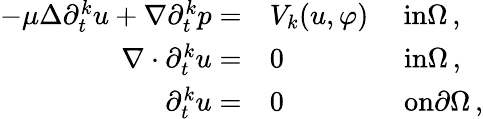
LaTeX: \begin{array}{rl}{-\mu\Delta\partial_{t}^{k}u+\nabla\partial_{t}^{k}p=}&{V_{k}(u,\varphi)\quad\ \textrm{in}\Omega\, ,}\\ {\nabla\cdot\partial_{t}^{k}u=}&{0\qquad\qquad\ \textrm{in}\Omega\, ,}\\ {\partial_{t}^{k}u=}&{0\qquad\qquad\ \textrm{on}\partial\Omega\, ,}\end{array}